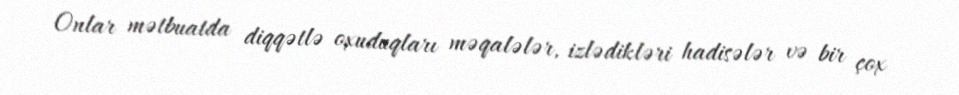
Onlar mətbuatda diqqətlə oxuduqları məqalələr, izlədikləri hadisələr və bir çox